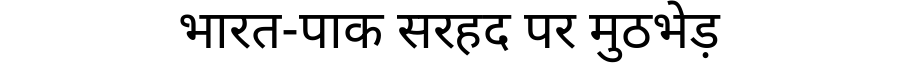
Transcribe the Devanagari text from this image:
भारत-पाक सरहद पर मुठभेड़